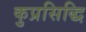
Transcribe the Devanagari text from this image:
कुप्रसिद्धि